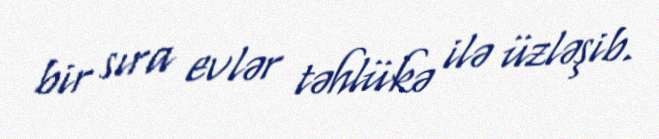
bir sıra evlər təhlükə ilə üzləşib.